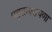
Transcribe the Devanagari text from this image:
प्रब्रुद्धनारायणा